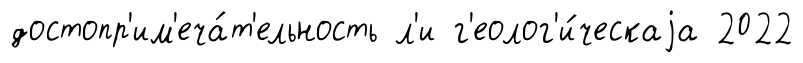
достопр'им'еча́т'ельность л'и г'еолог'и́ческаjа 2022